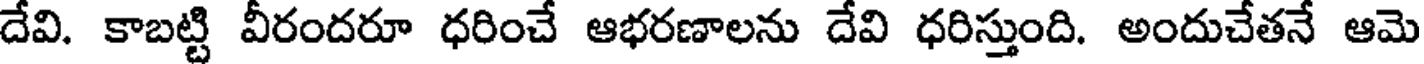
దేవి. కాబట్టి వీరందరూ ధరించే ఆభరణాలను దేవి ధరిస్తుంది. అందుచేతనే ఆమె